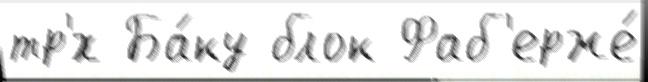
тр'́х Ба́ку блок Фаб'ерже́